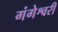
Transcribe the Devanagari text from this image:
गंगेश्वरी